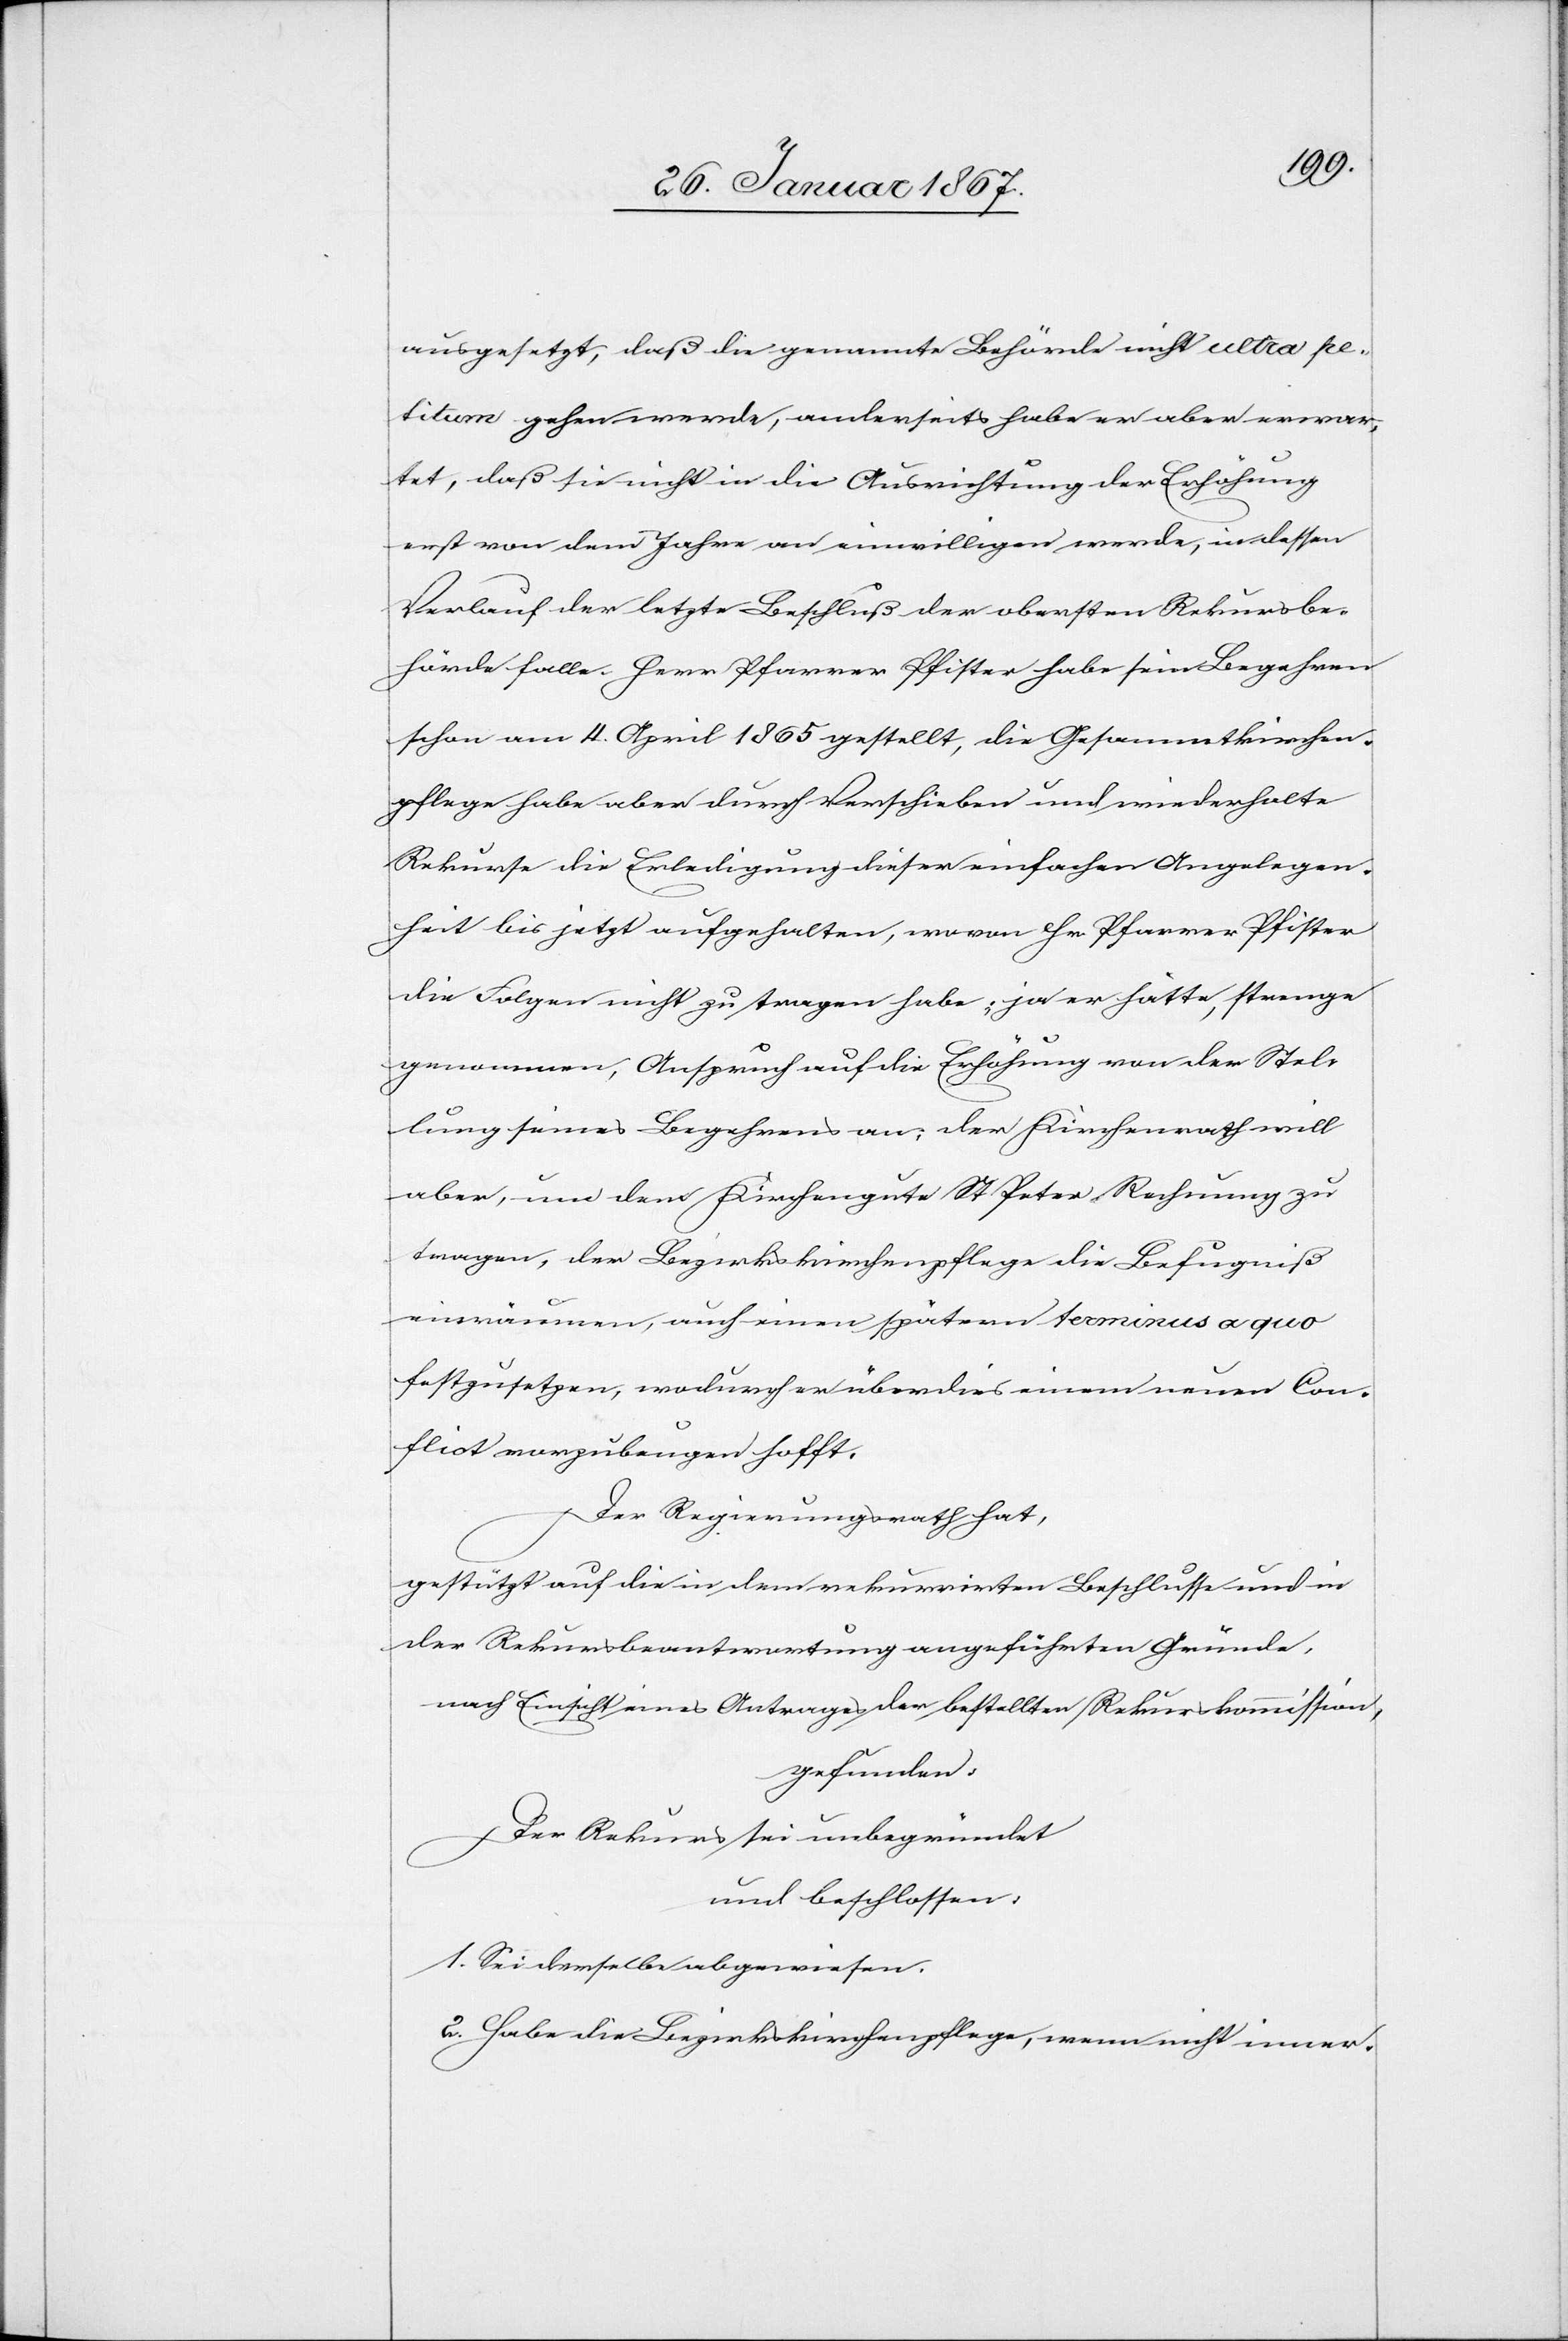
ausgesetzt, daß die genannte Behörde nicht ultra pe¬
titum gehen werde, anderseits habe er aber erwar¬
tet, daß sie nicht in die Ausrichtung der Erhöhung
erst von dem Jahre an einwilligen werde, in dessen
Verlauf der letzte Beschluß der obersten Rekursbe¬
hörde falle. Herr Pfarrer Pfister habe sein Begehren
schon am 4. April 1865 gestellt, die Gesammtkirchen¬
pflege habe aber durch Verschieben und wiederholte
Rekurse die Erledigung dieser einfachen Angelegen¬
heit bis jetzt aufgehalten, wovon Hr Pfarrer Pfister
die Folgen nicht zu tragen habe; ja er hätte, strenge
genommen, Anspruch auf die Erhöhung von der Stel¬
lung seines Begehrens an; der Kirchenrath will
aber, um dem Kirchengute St. Peter Rechnung zu
tragen, der Bezirkskirchenpflege die Befugniß
einräumen, auch einen spätern terminus a quo
festzusetzen, wodurch er überdies einem neuen Con¬
flict vorzubeugen hofft.
Der Regierungsrath hat,
gestützt auf die in dem rekurrirten Beschlusse und in
der Rekursbeantwortung angeführten Gründe,
nach Einsicht eines Antrages der bestellten Rekurskommission,
gefunden:
Der Rekurs sei unbegründet
und beschlossen:
1 Sei derselbe abgewiesen.
2. Habe die Bezirkskirchenpflege, wenn nicht inner-